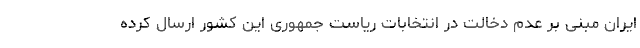
ایران مبنی بر عدم دخالت در انتخابات ریاست جمهوری این کشور ارسال کرده